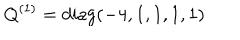
LaTeX: Q ^ { ( 1 ) } = \mathrm { d i a g } ( - 4 , 1 , 1 , 1 , 1 )